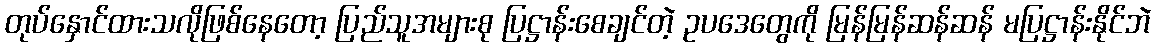
တုပ်နှောင်ထားသလိုဖြစ်နေတော့ ပြည်သူအများစု ပြဋ္ဌာန်းစေချင်တဲ့ ဥပဒေတွေကို မြန်မြန်ဆန်ဆန် မပြဋ္ဌာန်းနိုင်ဘဲ